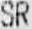
SR